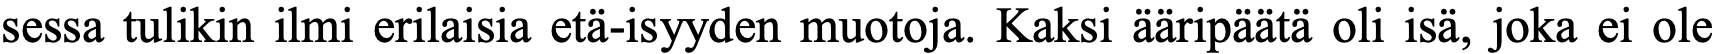
sessa tulikin ilmi erilaisia etä-isyyden muotoja. Kaksi ääripäätä oli isä, joka ei ole